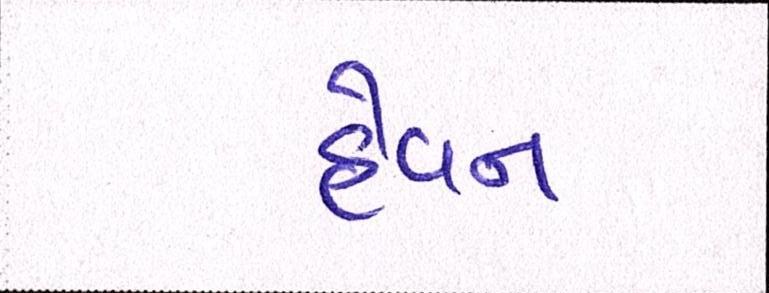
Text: હેવન